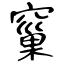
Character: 窼